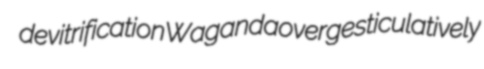
devitrification Waganda overgesticulatively